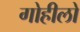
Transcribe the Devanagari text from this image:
गोहीलो